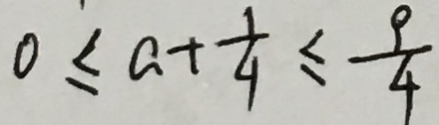
0 \leq a + \frac { 1 } { 4 } \leq \frac { 9 } { 4 }